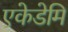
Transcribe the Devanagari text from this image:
एकेडेमि